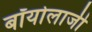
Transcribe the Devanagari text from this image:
बॉयोलाजी